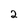
Character: 2